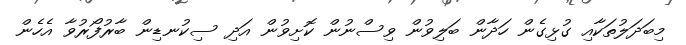
މިބަދަލުތަކާއި ގުޅިގެން ހަދާން ބަލިވުން ވިސްނުން ކޮށިވުން އަދި ސިކުނޑިން ބާރުފޯރުވާ އެހެން